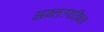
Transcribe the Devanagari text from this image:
अन्तःपत्रित